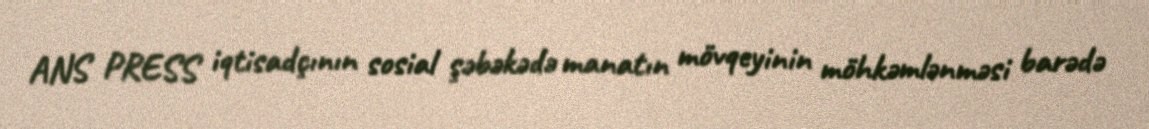
ANS PRESS iqtisadçının sosial şəbəkədə manatın mövqeyinin möhkəmlənməsi barədə